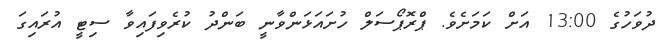
ދުވަހުގެ 13:00 އަށް ކަމަށެވެ. ޕްރޮޕޯސަލް ހުށައަޅަންވާނީ ބަންދު ކުރެވިފައިވާ ސިޓީ އުރައިގަ